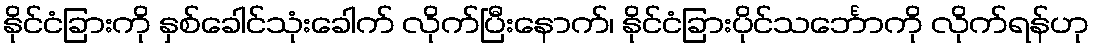
နိုင်ငံခြားကို နှစ်ခေါင်သုံးခေါက် လိုက်ပြီးနောက်၊ နိုင်ငံခြားပိုင်သင်္ဘောကို လိုက်ရန်ဟု